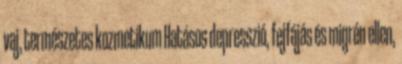
vaj, természetes kozmetikum Hatásos depresszió, fejfájás és migrén ellen,